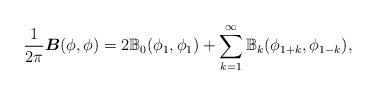
LaTeX: \begin{align*}\frac{1}{2\pi}\boldsymbol{B}(\phi,\phi)= 2\mathbb B_0 (\phi_1,\phi_1)+ \sum_{k=1}^{\infty}{\mathbb B}_k (\phi_{1+k},\phi_{1-k}), \end{align*}